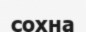
сохна